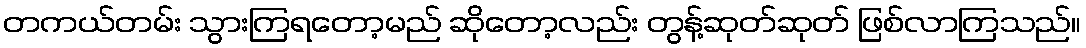
တကယ်တမ်း သွားကြရတော့မည် ဆိုတော့လည်း တွန့်ဆုတ်ဆုတ် ဖြစ်လာကြသည်။